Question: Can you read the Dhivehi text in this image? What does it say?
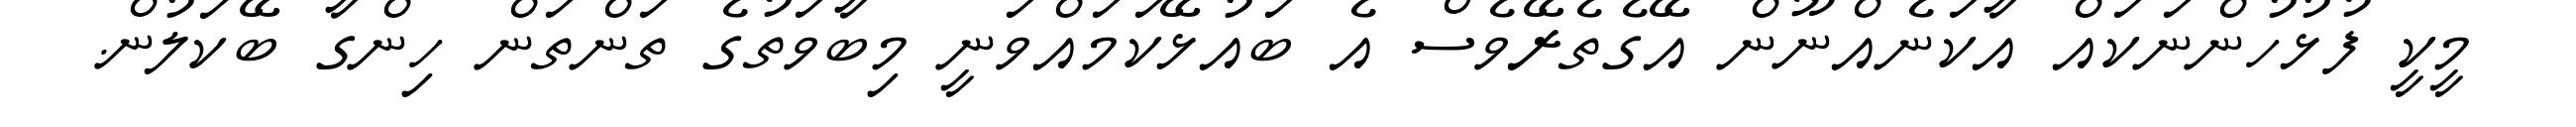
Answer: މީކީ ފުޅުހުންނަކައް އާކަނެއްނޫން އޭގެތެރޭވެސް އެ ބައުޅޭކަމައްވަނީ މިބާވަތުގެ ތަންތަން ހިންގާ ބޭކަލުން.